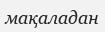
мақаладан